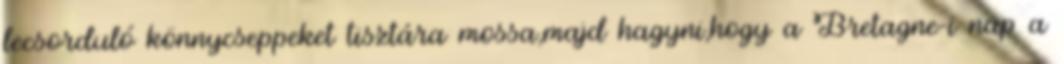
lecsorduló könnycseppeket tisztára mossa,majd hagyni,hogy a Bretagne-i nap a